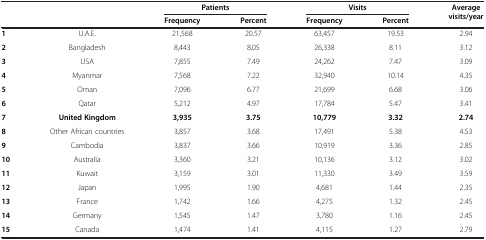
| <ROWSPAN=2>  | <ROWSPAN=2>  | <COLSPAN=2> Patients | <COLSPAN=2> Visits | <ROWSPAN=2> Average visits/year |
 | Frequency | Percent | Frequency | Percent |
 | --- | --- | --- | --- | --- | --- | --- |
 | 1 | U.A.E. | 21,568 | 20.57 | 63,457 | 19.53 | 2.94 |
 | 2 | Bangladesh | 8,443 | 8.05 | 26,338 | 8.11 | 3.12 |
 | 3 | USA | 7,855 | 7.49 | 24,262 | 7.47 | 3.09 |
 | 4 | Myanmar | 7,568 | 7.22 | 32,940 | 10.14 | 4.35 |
 | 5 | Oman | 7,096 | 6.77 | 21,699 | 6.68 | 3.06 |
 | 6 | Qatar | 5,212 | 4.97 | 17,784 | 5.47 | 3.41 |
 | 7 | United Kingdom | 3,935 | 3.75 | 10,779 | 3.32 | 2.74 |
 | 8 | Other African countries | 3,857 | 3.68 | 17,491 | 5.38 | 4.53 |
 | 9 | Cambodia | 3,837 | 3.66 | 10,919 | 3.36 | 2.85 |
 | 10 | Australia | 3,360 | 3.21 | 10,136 | 3.12 | 3.02 |
 | 11 | Kuwait | 3,159 | 3.01 | 11,330 | 3.49 | 3.59 |
 | 12 | Japan | 1,995 | 1.90 | 4,681 | 1.44 | 2.35 |
 | 13 | France | 1,742 | 1.66 | 4,275 | 1.32 | 2.45 |
 | 14 | Germany | 1,545 | 1.47 | 3,780 | 1.16 | 2.45 |
 | 15 | Canada | 1,474 | 1.41 | 4,115 | 1.27 | 2.79 |